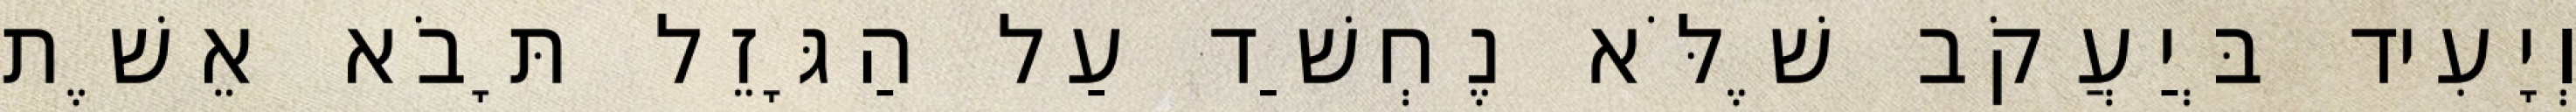
וְיָעִיד בְּיַעֲקֹב שֶׁלֹּא נֶחְשַׁד עַל הַגָּזֵל תָּבֹא אֵשֶׁת